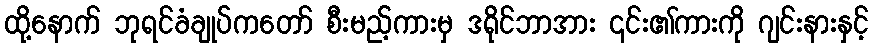
ထို့နောက် ဘုရင်ခံချုပ်ကတော် စီးမည့်ကားမှ ဒရိုင်ဘာအား ၎င်း၏ကားကို ဂျင်းနားနှင့်